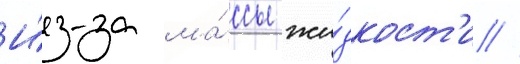
И́з-за ма́ссы жи́дкост'и /